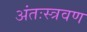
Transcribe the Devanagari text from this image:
अंतःस्त्रवण